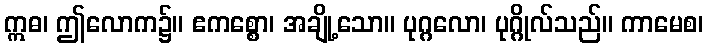
ဣဓ၊ ဤလောက၌။ ဧကစ္စော၊ အချို့သော။ ပုဂ္ဂလော၊ ပုဂ္ဂိုလ်သည်။ ကာမေစ၊